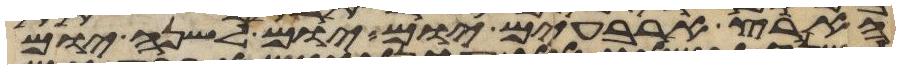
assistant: הארץ ארבעים יום יום לשנה יום